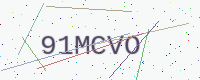
Text: 91MCVO